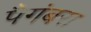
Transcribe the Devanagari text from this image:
पैगंबरा